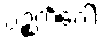
ပဉ္စကင်္ဂေါ